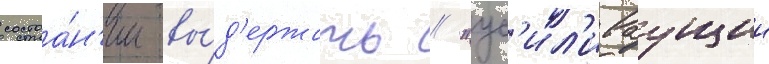
состоа́н'ии вы́д'ержать // "ус'ил'иваущии